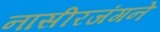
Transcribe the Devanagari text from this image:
नासीरजंगने